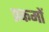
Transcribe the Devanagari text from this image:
प्रकमों